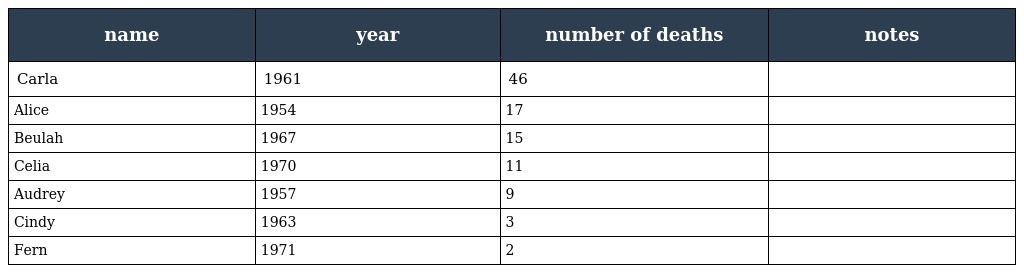
| name | year | number of deaths | notes |
 | --- | --- | --- | --- |
 | Carla | 1961 | 46 |  |
 | Alice | 1954 | 17 |  |
 | Beulah | 1967 | 15 |  |
 | Celia | 1970 | 11 |  |
 | Audrey | 1957 | 9 |  |
 | Cindy | 1963 | 3 |  |
 | Fern | 1971 | 2 |  |